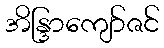
အိန္ဒြာကျော်ဇင်